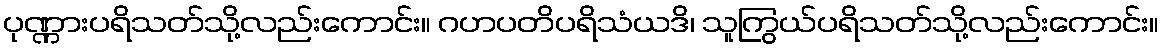
ပုဏ္ဏားပရိသတ်သို့လည်းကောင်း။ ဂဟပတိပရိသံယဒိ၊ သူကြွယ်ပရိသတ်သို့လည်းကောင်း။